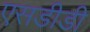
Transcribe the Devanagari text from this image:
एसडीडी